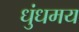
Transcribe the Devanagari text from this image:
धुंधमय